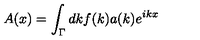
A ( x ) = \int _ { \Gamma } d k f ( k ) a ( k ) e ^ { i k x }